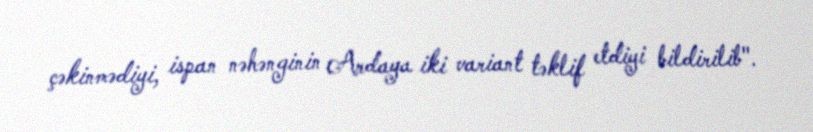
çəkinmədiyi, ispan nəhənginin Ardaya iki variant təklif etdiyi bildirilib".